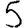
Digit: 5